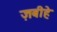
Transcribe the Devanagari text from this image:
ज़बीहे